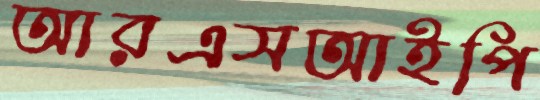
আরএসআইপি